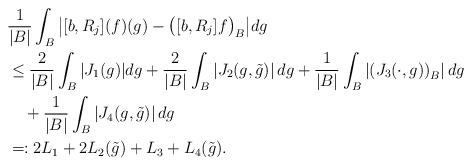
LaTeX: \begin{align*} &{1\over |B|}\int_B\big|[b,R_j](f)(g)-\big([b,R_j]f\big)_B\big|dg\\ &\leq {2\over |B|}\int_B|J_1(g)|dg+{2\over |B|}\int_B\left|J_2(g,\tilde g)\right|dg +{1\over |B|}\int_B\left|\left(J_3(\cdot, g)\right)_B\right|dg\\ &\quad+{1\over |B|}\int_B\left|J_4(g,\tilde g)\right|dg\\ &=:2L_1+2L_2(\tilde g)+L_3+L_4(\tilde g). \end{align*}